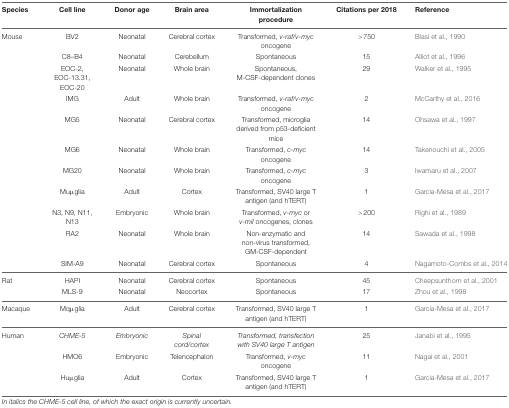
| Species | Cell line | Donor age | Brain area | Immortalization procedure | Citations per 2018 | Reference |
 | --- | --- | --- | --- | --- | --- | --- |
 | Mouse | BV2 | Neonatal | Cerebral cortex | Transformed, v-raf/v-myc oncogene | >750 | Blasi et al., 1990 |
 |  | C8–B4 | Neonatal | Cerebellum | Spontaneous | 15 | Alliot et al., 1996 |
 |  | EOC-2, EOC-13.31, EOC-20 | Neonatal | Whole brain | Spontaneous, M-CSF-dependent clones | 29 | Walker et al., 1995 |
 |  | IMG | Adult | Whole brain | Transformed, v-raf/v-myc oncogene | 2 | McCarthy et al., 2016 |
 |  | MG5 | Neonatal | Cerebral cortex | Transformed, microglia derived from p53-deficient mice | 14 | Ohsawa et al., 1997 |
 |  | MG6 | Neonatal | Whole brain | Transformed, c-myc oncogene | 14 | Takenouchi et al., 2005 |
 |  | MG20 | Neonatal | Whole brain | Transformed, c-myc oncogene | 3 | Iwamaru et al., 2007 |
 |  | Muμglia | Adult | Cortex | Transformed, SV40 large T antigen (and hTERT) | 1 | Garcia-Mesa et al., 2017 |
 |  | N3, N9, N11, N13 | Embryonic | Whole brain | Transformed, v-myc or v-mil oncogenes, clones | >200 | Righi et al., 1989 |
 |  | RA2 | Neonatal | Whole brain | Non-enzymatic and non-virus transformed, GM-CSF-dependent | 14 | Sawada et al., 1998 |
 |  | SIM-A9 | Neonatal | Cerebral cortex | Spontaneous | 4 | Nagamoto-Combs et al., 2014 |
 | Rat | HAPI | Neonatal | Cerebral cortex | Spontaneous | 45 | Cheepsunthorn et al., 2001 |
 |  | MLS-9 | Neonatal | Neocortex | Spontaneous | 17 | Zhou et al., 1998 |
 | Macaque | Mqμglia | Adult | Cerebral cortex | Transformed, SV40 large T antigen (and hTERT) | 1 | Garcia-Mesa et al., 2017 |
 | Human | CHME-5 | Embryonic | Spinal cord/cortex | Transformed, transfection with SV40 large T antigen | 25 | Janabi et al., 1995 |
 |  | HMO6 | Embryonic | Telencephalon | Transformed, v-myc oncogene | 11 | Nagai et al., 2001 |
 |  | Huμglia | Adult | Cortex | Transformed, SV40 large T antigen (and hTERT) | 1 | Garcia-Mesa et al., 2017 |